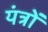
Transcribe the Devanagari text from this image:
यंंत्रों